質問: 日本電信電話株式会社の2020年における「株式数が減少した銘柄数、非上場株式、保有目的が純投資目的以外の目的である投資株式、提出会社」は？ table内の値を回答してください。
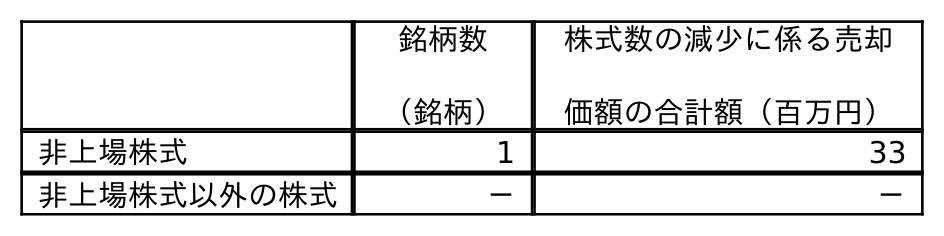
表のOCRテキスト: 銘柄数 （銘柄） 株式数の減少に係る売却 価額の合計額（百万円） 非上場株式 1 33 非上場株式以外の株式 － －
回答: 1